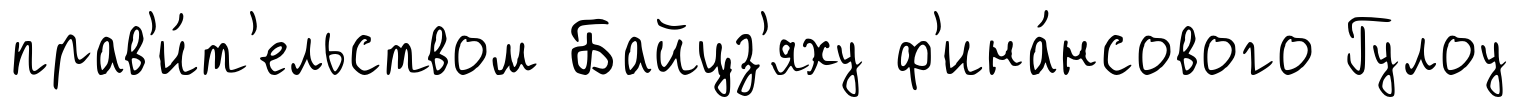
прав'и́т'ельством Байцз'яху ф'ина́нсового Гулоу